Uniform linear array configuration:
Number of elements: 64
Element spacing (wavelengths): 0.75
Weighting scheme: binomial
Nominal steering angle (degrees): -60
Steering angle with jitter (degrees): -59.397
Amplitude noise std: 0.05
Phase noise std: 0.05

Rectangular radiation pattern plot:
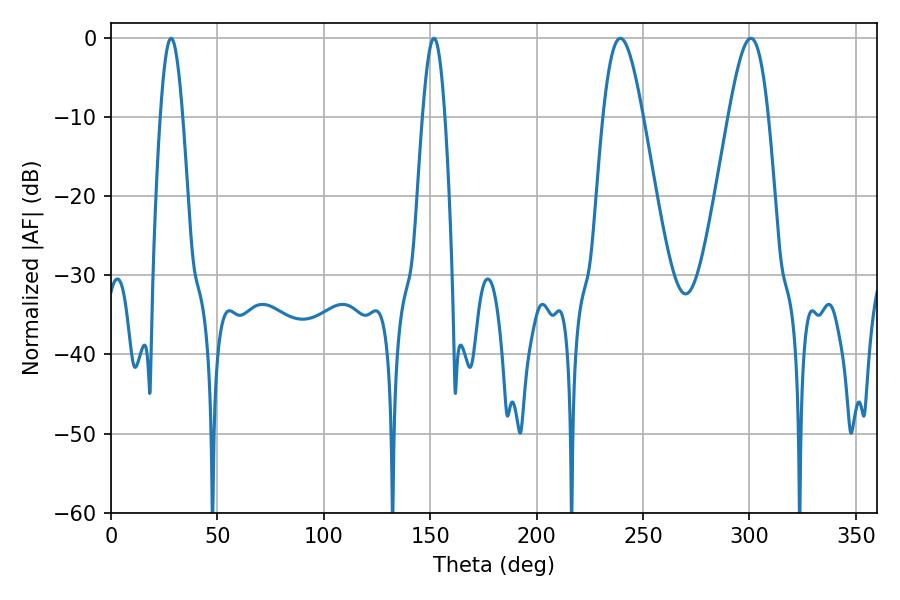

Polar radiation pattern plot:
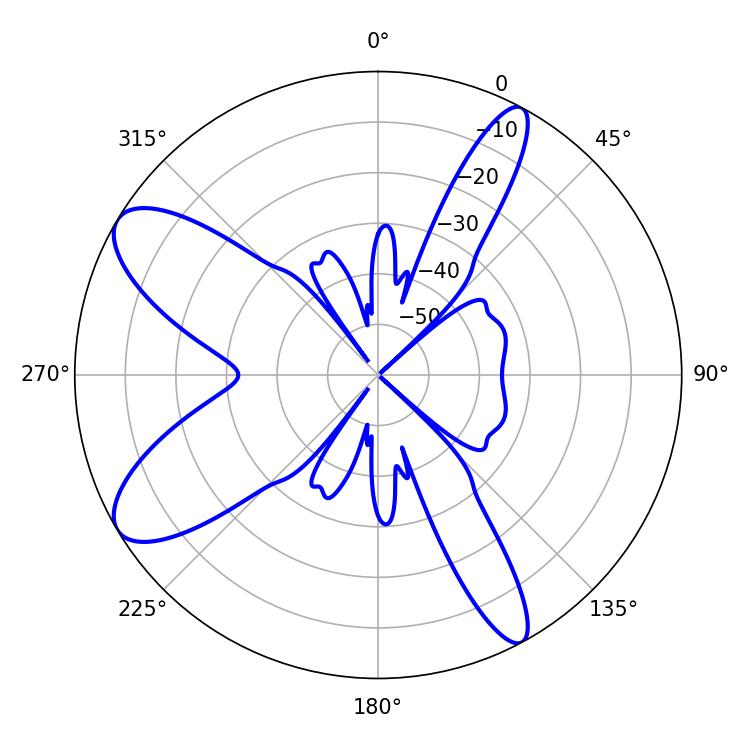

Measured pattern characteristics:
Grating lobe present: TRUE
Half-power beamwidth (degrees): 5.76
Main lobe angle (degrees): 28.26